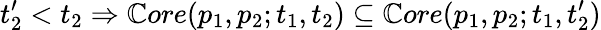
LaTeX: t_{2}^{\prime}<t_{2}\Rightarrow\mathbb{C}ore(p_{1},p_{2};t_{1},t_{2})\subseteq\mathbb{C}ore(p_{1},p_{2};t_{1},t_{2}^{\prime})